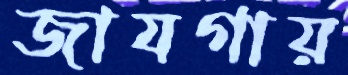
জাযগায়